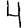
Digit: 4